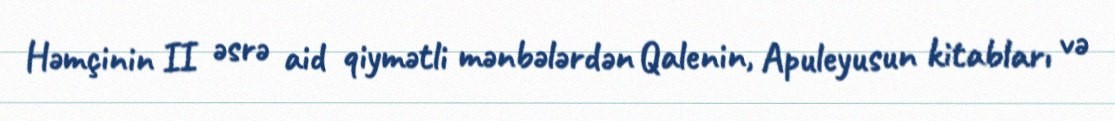
Həmçinin II əsrə aid qiymətli mənbələrdən Qalenin, Apuleyusun kitabları və